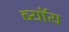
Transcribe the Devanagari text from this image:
ब्यॉय